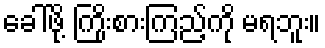
ခေါ်ဖို့ ကြိုးစားကြည့်ကို မရဘူး။